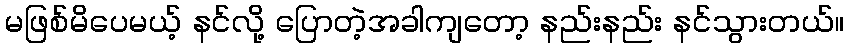
မဖြစ်မိပေမယ့် နင်လို့ ပြောတဲ့အခါကျတော့ နည်းနည်း နင်သွားတယ်။